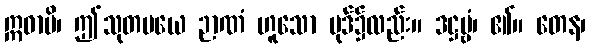
ဣဓာပိ၊ ဤသုတမယေ ဉာဏံ ဟူသော ပုဒ်၌လည်း။ ဒဋ္ဌဗ္ဗံ၊ ၏။ တေန၊